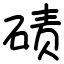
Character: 碛